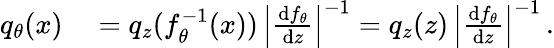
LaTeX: \begin{array}{rl}{q_{{\theta}}(x)}&{{}=q_{z}(f_{{\theta}}^{-1}(x))\, \left|\frac{\textrm{d}f_{{\theta}}}{\textrm{d}{z}}\right|^{-1}=q_{z}({z})\, \left|\frac{\textrm{d}f_{{\theta}}}{\textrm{d}{z}}\right|^{-1}\, .}\end{array}